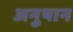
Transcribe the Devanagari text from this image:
अनुषान